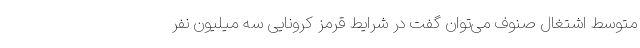
متوسط اشتغال صنوف می‌توان گفت در شرایط قرمز کرونایی سه میلیون نفر